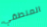
المنطقي